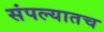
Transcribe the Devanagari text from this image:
संपल्यातच